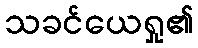
သခင်ယေရှု၏